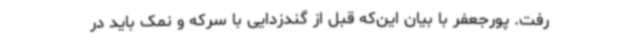
رفت. پورجعفر با بیان این‌که قبل از گندزدایی با سرکه و نمک باید در